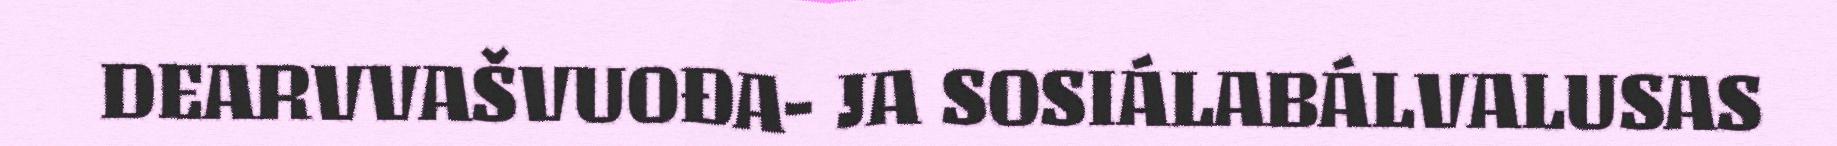
DEARVVAŠVUOĐA- JA SOSIÁLABÁLVALUSAS